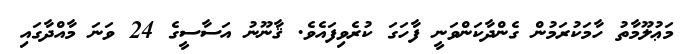
މަޢުލޫމާތު ހާމަކުރަމުން ގެންދާކަންވަނީ ފާހަގަ ކުރެވިފައެވެ. ޤާނޫނު އަސާސީގެ 24 ވަނަ މާއްދާގައި